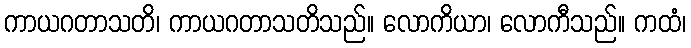
ကာယဂတာသတိ၊ ကာယဂတာသတိသည်။ လောကိယာ၊ လောကီသည်။ ကထံ၊